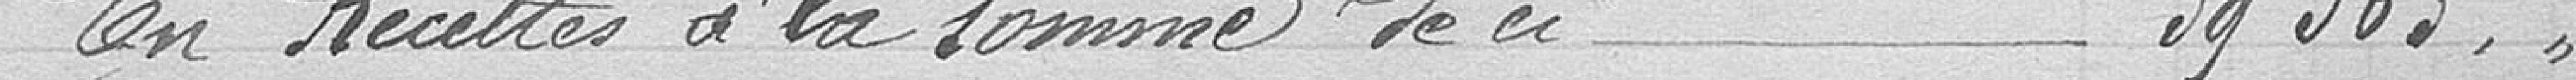
En Recettes à la somme de ci 39 360,